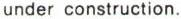
under construction.